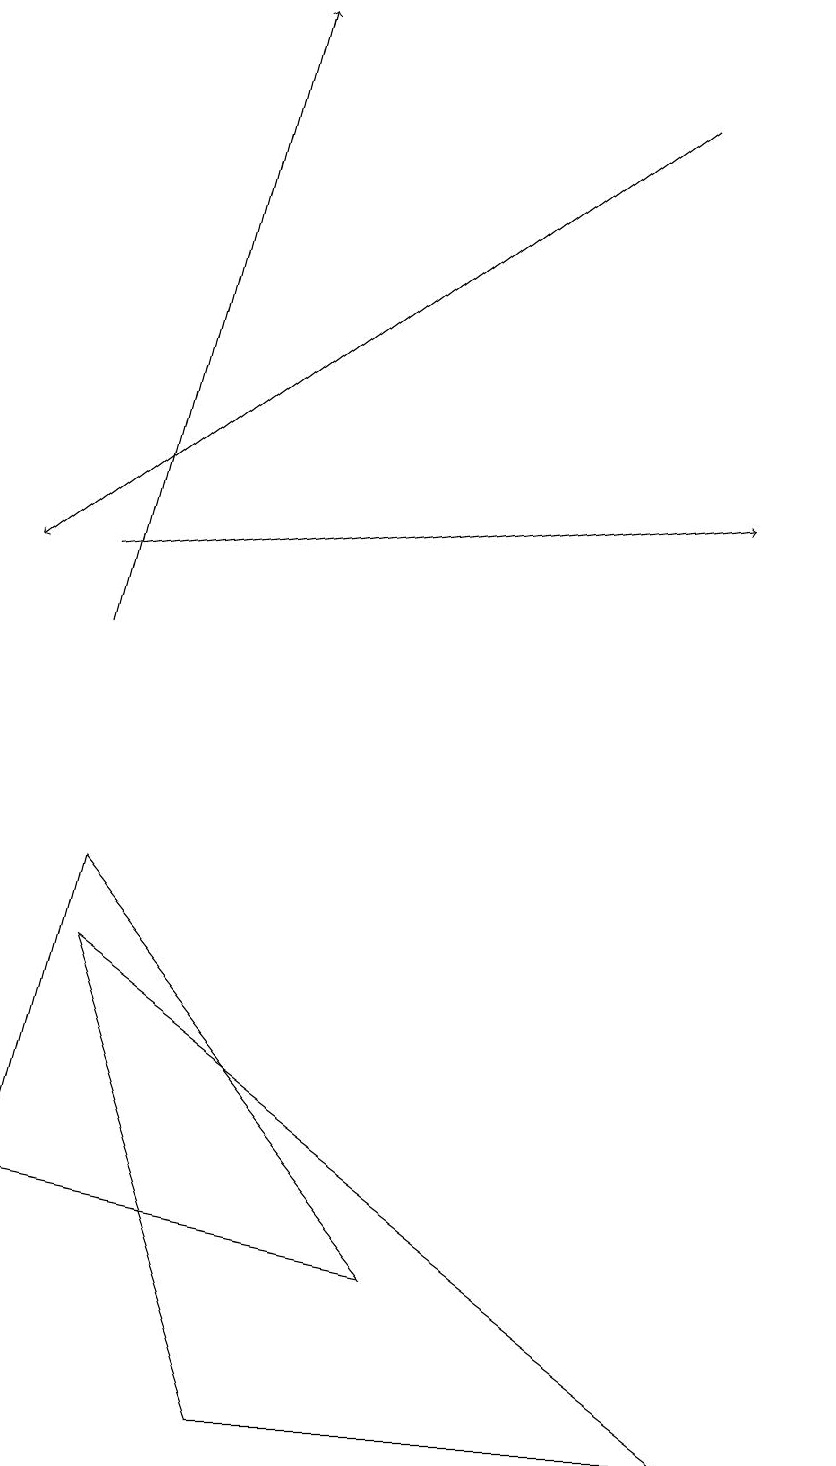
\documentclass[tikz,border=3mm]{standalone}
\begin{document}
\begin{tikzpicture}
\draw (1,7) -- (0,3) -- (5,2) -- cycle;
\draw[->] (1,10) -- (3,18);
\draw[->] (8,17) -- (0,11);
\draw (9,0) -- (3,0) -- (1,6) -- cycle;
\draw (10,11) circle (0);
\draw[->] (1,11) -- (9,12);
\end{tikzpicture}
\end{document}